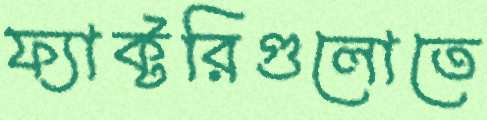
ফ্যাক্টরিগুলোতে